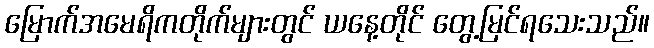
မြောက်အမေရိကတိုက်များတွင် ယနေ့တိုင် တွေ့မြင်ရသေးသည်။